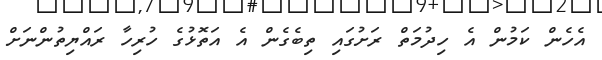
އެހެން ކަމުން އެ ހިދުމަތް ރަށުގައި ތިބެގެން އެ އަތޮޅުގެ ހުރިހާ ރައްޔިތުންނަށް